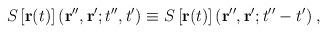
LaTeX: \begin{align*}S \left[ {\bf r}(t) \right] ({\bf r}'', {\bf r}' ; t'',t') \equiv S \left[ {\bf r}(t) \right] ({\bf r}'', {\bf r}' ; t''-t') \; ,\end{align*}